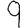
Digit: 9